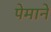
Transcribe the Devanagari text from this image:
पेमाने